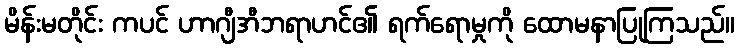
မိန်းမတိုင်း ကပင် ဟာဂျီအီဘရာဟင်၏ ရက်ရောမှုကို ထောမနာပြုကြသည်။